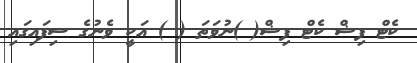
ކެޓް ފިޝް ކެޓް ފިޝް( )ނުވަތަ ( ) އަކީ ވެނުގެ ސިފައިގައި